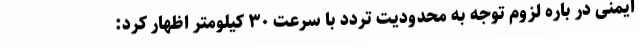
ایمنی در باره لزوم توجه به محدودیت تردد با سرعت ۳۰ کیلومتر اظهار کرد: